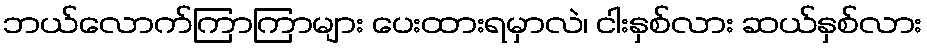
ဘယ်လောက်ကြာကြာများ ပေးထားရမှာလဲ၊ ငါးနှစ်လား ဆယ်နှစ်လား